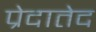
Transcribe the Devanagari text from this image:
प्रेदातेद